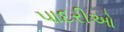
પાદરીઓ